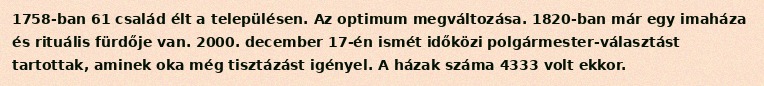
1758-ban 61 család élt a településen. Az optimum megváltozása. 1820-ban már egy imaháza és rituális fürdője van. 2000. december 17-én ismét időközi polgármester-választást tartottak, aminek oka még tisztázást igényel. A házak száma 4333 volt ekkor.